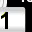
Digit: 1